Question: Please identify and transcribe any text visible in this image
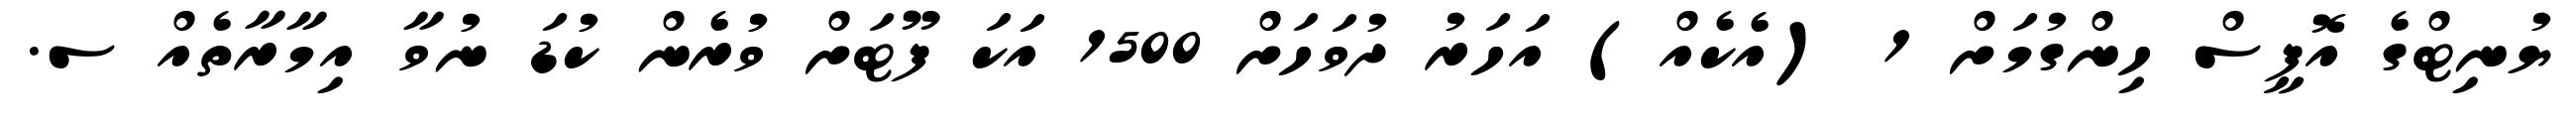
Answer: ޔުނިޓްގެ އޮފީސް ހިންގުމަށް 1 (އެކެއް) އަހަރު ދުވަހަށް 1500 އަކަ ފޫޓަށް ވުރެން ކުޑަ ނުވާ އިމާރާތެއް ސ.